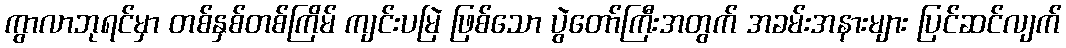
ကွာလာဘုရင်မှာ တစ်နှစ်တစ်ကြိမ် ကျင်းပမြဲ ဖြစ်သော ပွဲတော်ကြီးအတွက် အခမ်းအနားများ ပြင်ဆင်လျက်